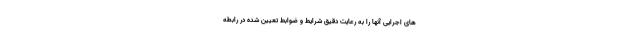
های اجرایی آنها را به رعایت دقیق شرایط و ضوابط تعیین شده در رابطه